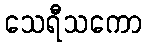
သေရီသကော